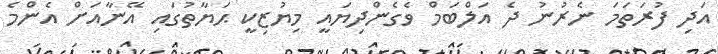
އަދި ފުރަތަމަ ނެރުނު ދެ އަލްބަމް ވެގެންދިޔައީ މިޔުޒިކީ ޙަޔާތުގައި އޭނާއަށް އެންމެ